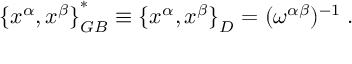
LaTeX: { \{ x ^ { \alpha } , x ^ { \beta } \} } _ { G B } ^ { \ast } \equiv { \{ x ^ { \alpha } , x ^ { \beta } \} } _ { D } = ( \omega ^ { \alpha \beta } ) ^ { - 1 } \; .